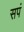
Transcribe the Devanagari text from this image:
सपं